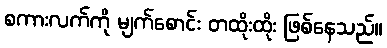
စကားလက်ကို မျက်စောင်း တထိုးထိုး ဖြစ်နေသည်။